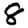
Digit: 8